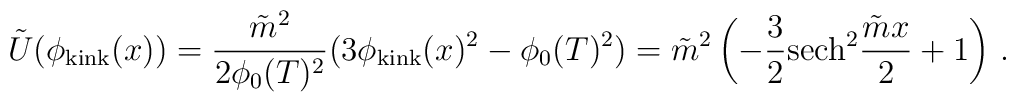
\tilde U(\phi_{\rm kink}(x)) = \frac{\tilde m^2}{2\phi_0(T)^2} (3 \phi_{\rm kink}(x)^2 - \phi_0(T)^2) = \tilde m^2 \left(-\frac{3}{2}{\rm sech}^2 \frac{\tilde m x}{2} + 1 \right) \,.